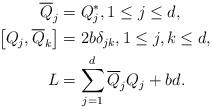
LaTeX: \begin{align*}\begin{aligned}\overline{Q}_j&=Q^*_j,1\leq j\leq d,\\\bigl[Q_j,\overline{Q}_k\bigr]&=2b\delta_{jk},1\leq j,k\leq d,\\L &=\sum_{j=1}^d \overline{Q}_jQ_j+bd.\end{aligned}\end{align*}